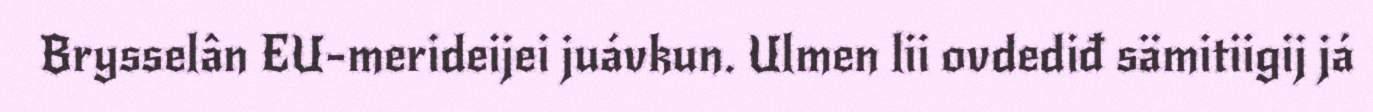
Brysselân EU-merideijei juávkun. Ulmen lii ovdediđ sämitiigij já